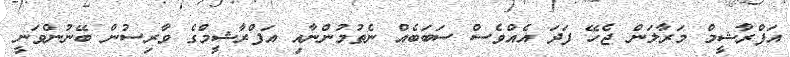
އަފްރާޝީމް މަރާލަން ޖެހޭ ފަދަ އެއްވެސް ސަބަބެއް ނެތުމުންނާއި އަފްރާޝީމްގެ ވާރިސުން ބޭނުންވަނީ